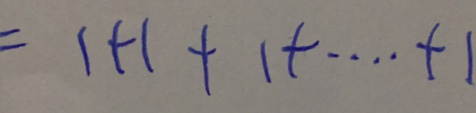
= 1 + 1 + 1 + \cdots + 1